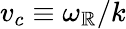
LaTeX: v_{c}\equiv\omega_{\mathbb{R}}/k